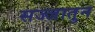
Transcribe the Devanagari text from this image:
सज्जातुन